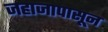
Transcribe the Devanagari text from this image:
जहाजापासून